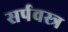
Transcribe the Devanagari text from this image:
सर्पवस्त्र